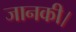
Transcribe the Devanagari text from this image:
जानकी।